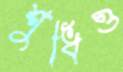
শুধিও